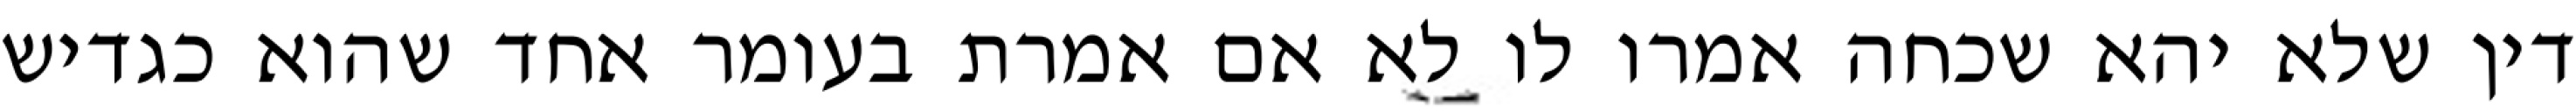
דין שלא יהא שכחה אמרו לו לא אם אמרת בעומר אחד שהוא כגדיש